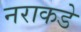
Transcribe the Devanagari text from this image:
नराकडे